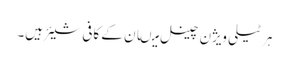
ہر ٹیلی ویژن چینل میںان کے کافی شیئر ہیں۔